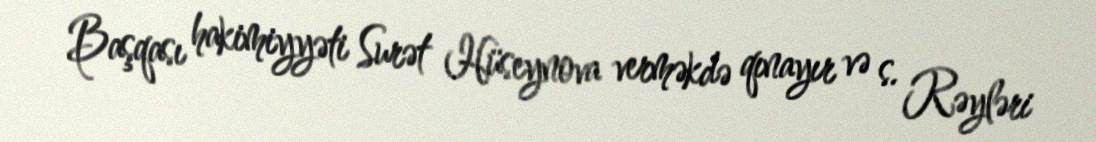
Başqası hakimiyyəti Surət Hüseynova verməkdə qınayır və s. Rəyləri